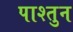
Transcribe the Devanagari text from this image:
पाश्तुन